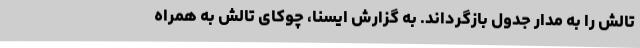
تالش را به مدار جدول بازگرداند. به گزارش ایسنا، چوکای تالش به همراه